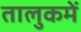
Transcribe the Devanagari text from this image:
तालुकमें